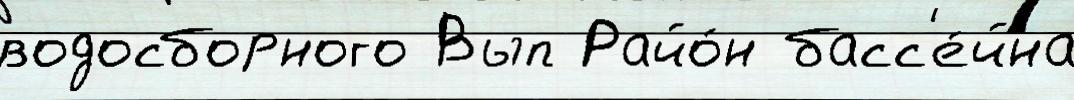
водосборного Вып Райо́н басс'е́йна